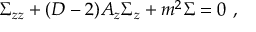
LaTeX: \Sigma _ { z z } + ( D - 2 ) A _ { z } \Sigma _ { z } + m ^ { 2 } \Sigma = 0 ~ ,